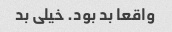
واقعا بد بود. خیلی بد